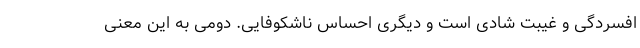
افسردگی و غیبت شادی است و دیگری احساس ناشکوفایی. دومی به این معنی